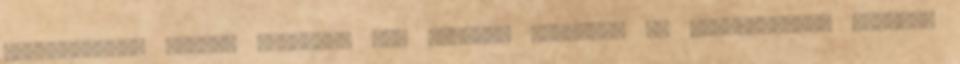
találgattam, csupán valahogy meg kellett neveznem az inkognitóban "utazó"